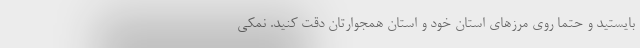
بایستید و حتماً روی مرزهای استان خود و استان همجوارتان دقت کنید. نمکی